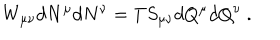
W _ { \mu \nu } d N ^ { \mu } d N ^ { \nu } = T S _ { \mu \nu } d Q ^ { \mu } d Q ^ { \nu } \ .